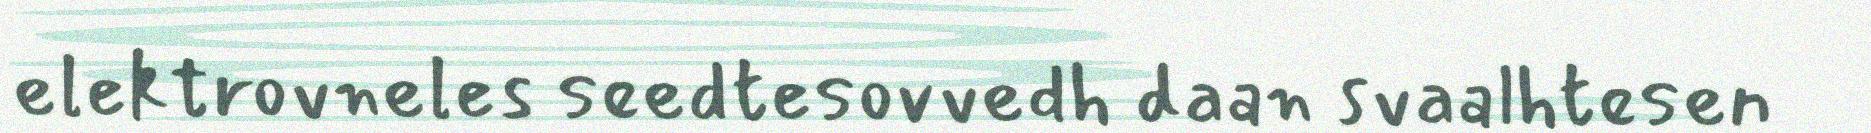
elektrovneles seedtesovvedh daan svaalhtesen